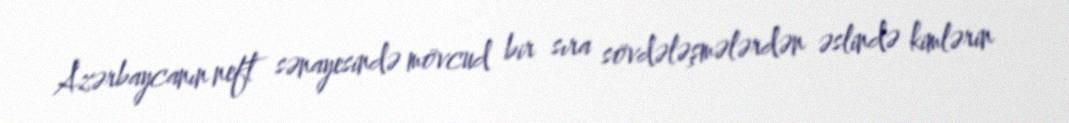
Azərbaycanın neft sənayesində mövcud bir sıra sövdələşmələrdən əslində kimlərin